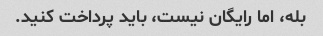
بله، اما رایگان نیست، باید پرداخت کنید.